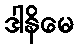
ဒါနိမေ